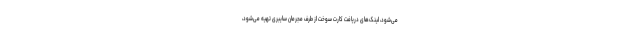
می‌شود، لینک‌های دریافت کارت سوخت از طرف مجرمان سایبری تهیه می‌شود،